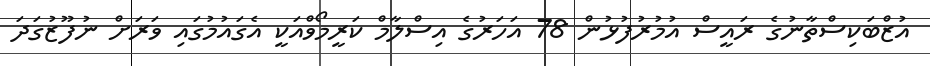
އުޒްބަކިސްތާނުގެ ރައީސް އުމުރުފުޅުން 78 އަހަރުގެ އިސްލާމް ކަރީމޯވްއަކީ އެގައުމުގައި ވަރަށް ނުފޫޒުގަދަ